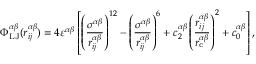
\Phi _ { \mathrm { L J } } ^ { \alpha \beta } ( r _ { i j } ^ { \alpha \beta } ) = 4 \varepsilon ^ { \alpha \beta } \left[ \left( \frac { \sigma ^ { \alpha \beta } } { r _ { i j } ^ { \alpha \beta } } \right) ^ { 1 2 } - \left( \frac { \sigma ^ { \alpha \beta } } { r _ { i j } ^ { \alpha \beta } } \right) ^ { 6 } + c _ { 2 } ^ { \alpha \beta } \left( \frac { r _ { i j } ^ { \alpha \beta } } { r _ { \mathrm { c } } ^ { \alpha \beta } } \right) ^ { 2 } + c _ { 0 } ^ { \alpha \beta } \right] ,